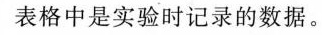
表格中是实验时记录的数据。